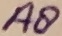
Text: A8